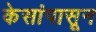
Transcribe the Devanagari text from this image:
केसांपासून